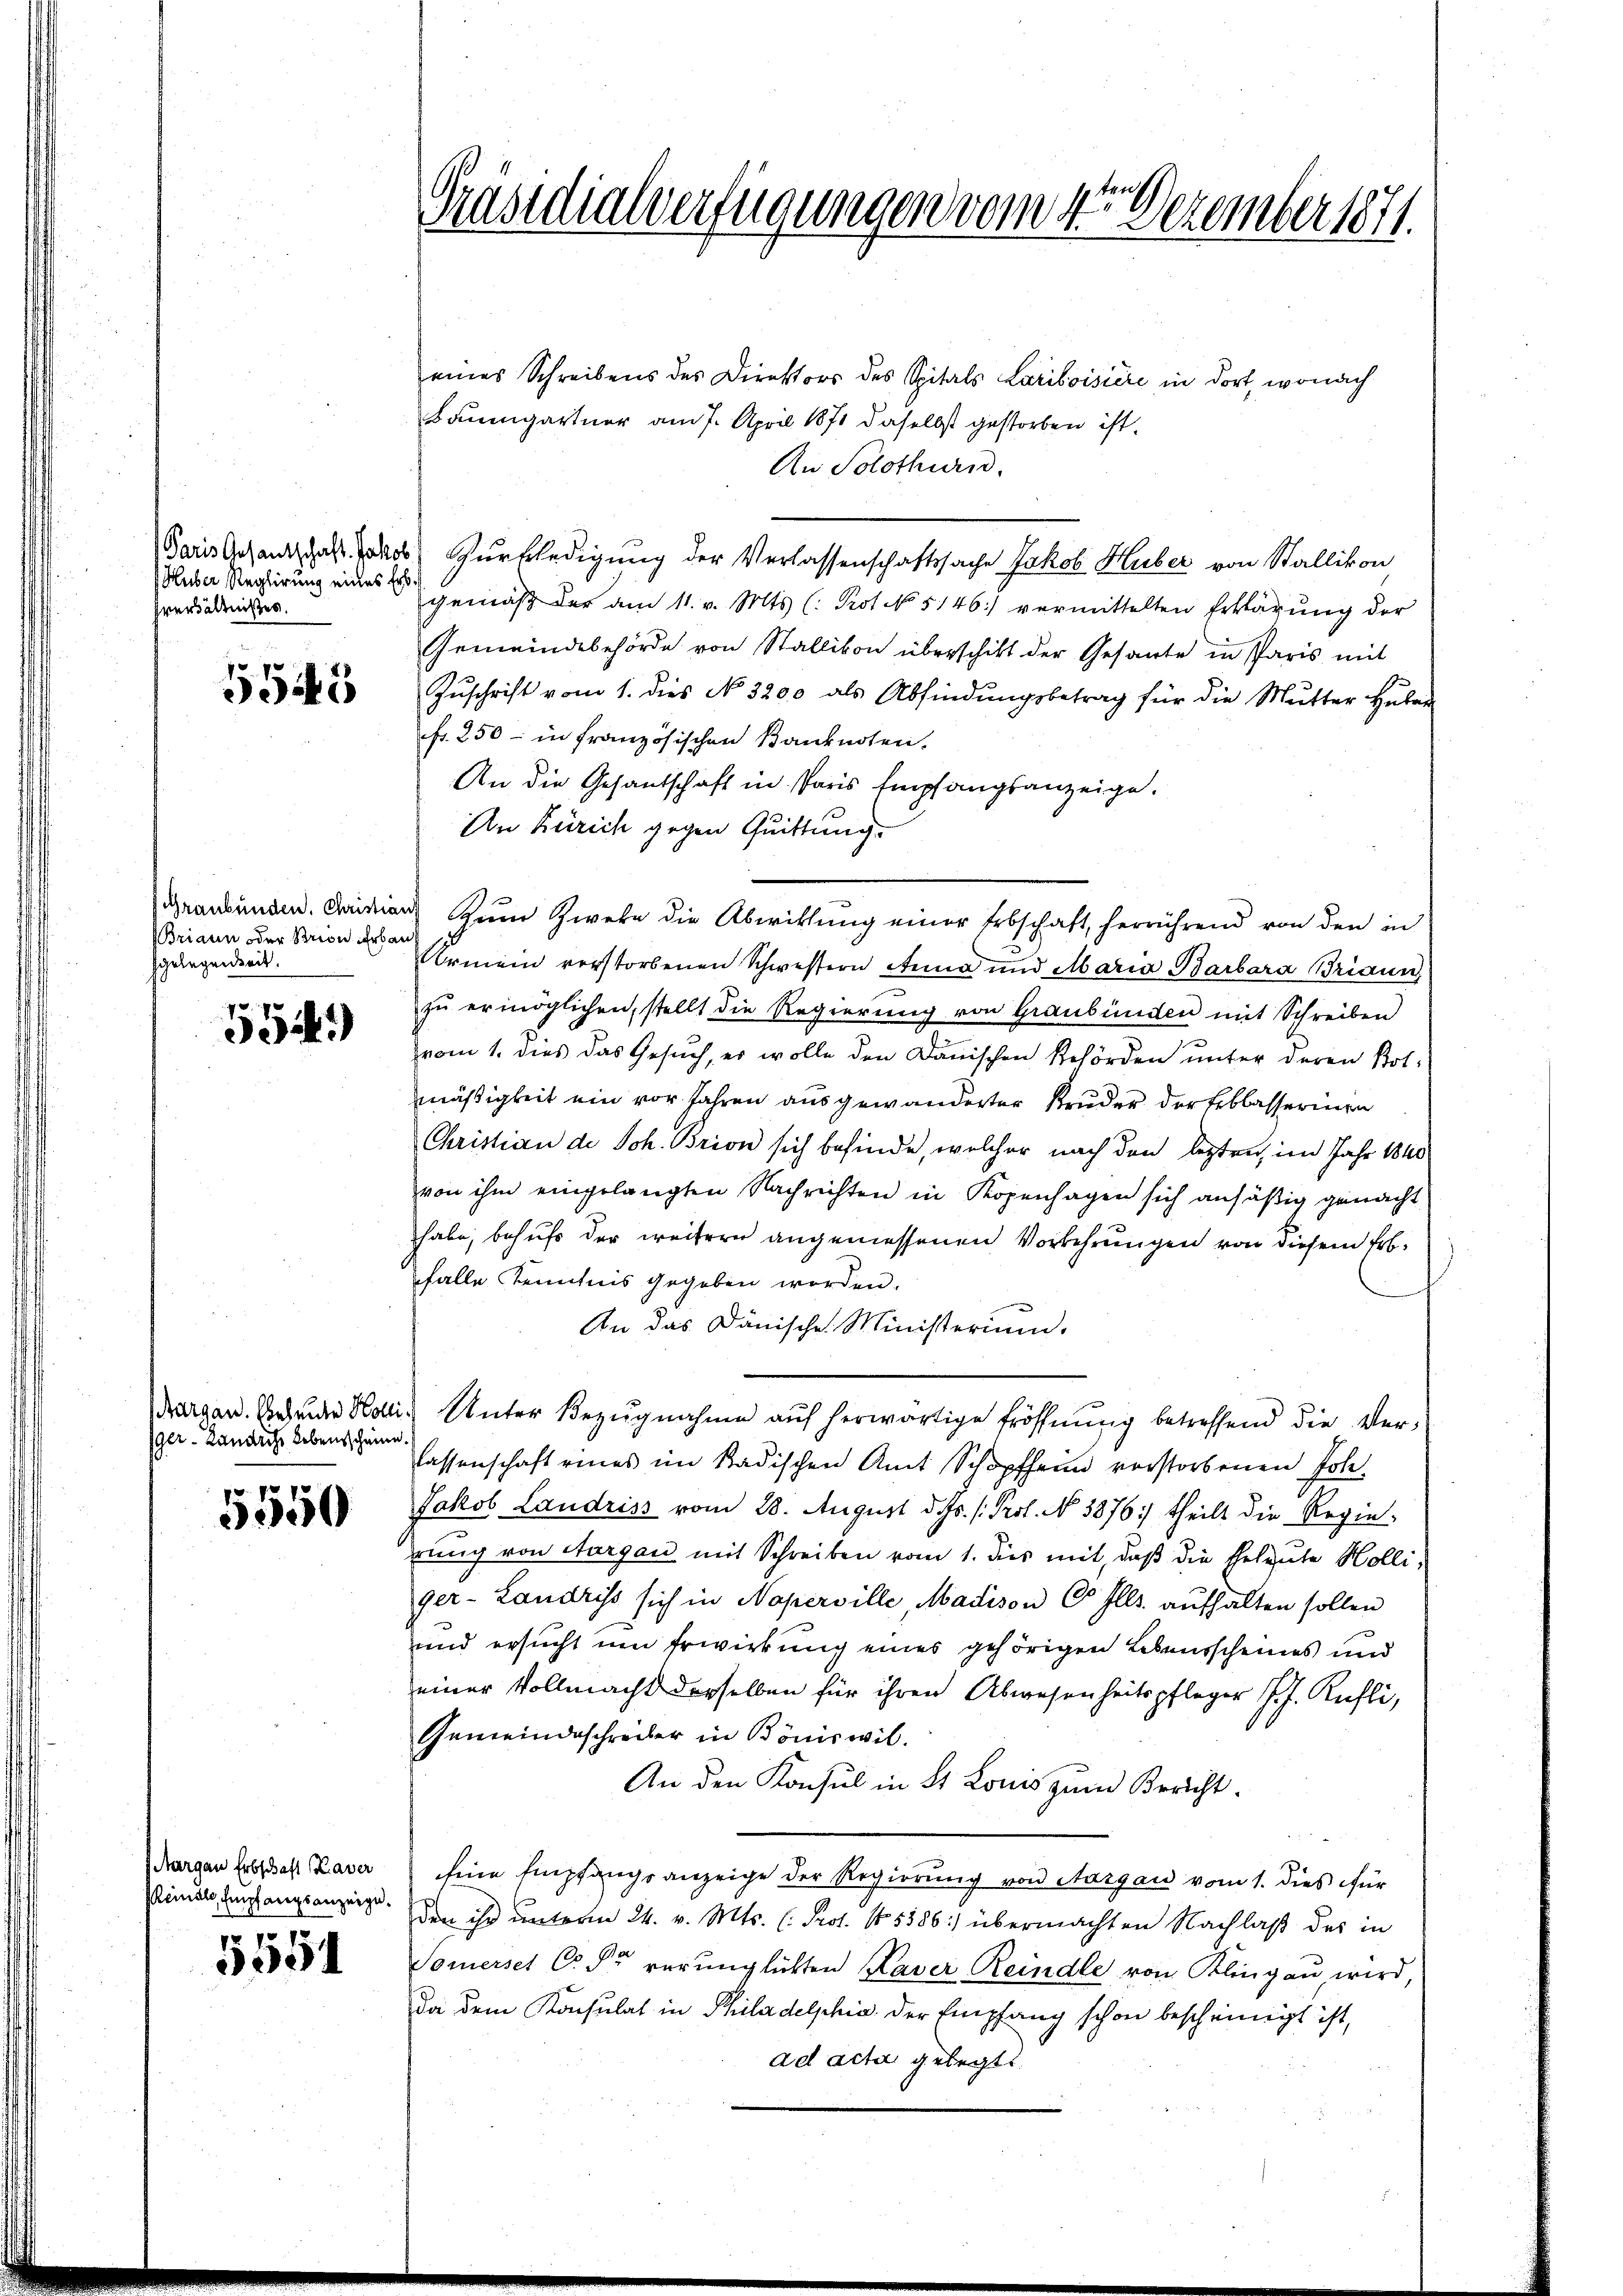
Huber Reglirung eines Erb
hverhältnisses.

Briann oder Strien Erbau
hgelegenheit.

5543

554)

ger-Kändliche Lebensscheine.

5550

Margau Erbschaft Kaver
Reinale, Empfangsanzeiges

551

Präsidialverfügungen vom 4te͇n Dezember 1871.

eines Schreibens des Direktors des Spitals Lariboisière in dort, wonach
Baumgartner am 7. April 1871 daselbst gestorben ist.
An Solothurn.
Paris gehandhalt des Zurkledigung der Verlassenschaftssache Jakob Huber von Stallikon
gemäβ der am 11. v. Mts. (: Prot No 5146) vermittelten Erklärŭng der
Gemeindebehörde von Stallikon überschikt der Gesante in Paris mit
Zŭschrift vom 1. dies No. 3200 als Abfindŭngsbetrag für die Mutter Hŭber
fr. 250 - in französischen Banknoten.
An die Gesantschaft in Paris Empfangsanzeige.
An Zürich gegen Quittung.
Graubünden. Kaisen Zum Zwete die Abwicklung einer Erbschaft, herrührend von den in
Urmein verstorbenen Schwestern Anna und Maria Barbara Braun
zu ermöglichen, stellt die Regierung von Graubünden mit Schreiben
vom 1. dies das Gesuch, er wolle den Dänischen Behörden unter deren Botmäßigkeit ein vor Jahren ausgewanderter Bruder der Erblasseringe
Christian de Joh. Brion sich befinde, welcher nach den lezten, im Jahr 1840
von ihm eingelangten Nachrichten in Kopenhagen sich ansäßig gemacht
habe, behufs der weitern angemessenen Vorkehrungen von diesem Erbfalle Kenntnis gegeben worden.
An das Dänische Ministerium.
dargen. Beende Hollis Unter Bezŭgnahme aŭf herwärtige Eröffnŭng betreffend die Ver-
lassenschaft eines im Kadischen Amt Schopfheim verstorbenen Joh.
Jakob Landriss vom 28. August d. Js. /: Prof. No 3876) theilt die Regie-
rrung von Aargau mit Schreiben vom 1. dies mit, daß die Eheleute Holli,
ger-Landriss sich in Naperville, Madison C Ills. aufhalten sollen
und ersucht um Erwirkung eines gehörigen Lebensscheines und
einer Vollmacht derselben für ihren Abwesenheitspfleger J. J. Rüfli,
Gemeindeschreiber in Bönis wil.
An den Konsul in St. Lonis zum Bericht.
Eine Empfangsanzeige der Regierung von Aargau vom 1. dies für
den ihr unterm 24. v. Mts. (: Prof. No. 5386) übermachten Nachlaß des in
Somerset Code verunglichten Kaver Reindle von Klingau wird,
Da dem Konsulat in Philadelphia der Empfang schon bescheinigt ist,
ad acta gelegt.